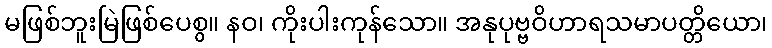
မဖြစ်ဘူးမြဲဖြစ်ပေစွ။ နဝ၊ ကိုးပါးကုန်သော။ အနုပုဗ္ဗဝိဟာရသမာပတ္တိယော၊